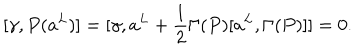
[ \gamma , P ( a ^ { L } ) ] = [ \gamma , a ^ { L } + \frac { 1 } { 2 } \Gamma ( P ) [ a ^ { L } , \Gamma ( P ) ] ] = 0 .